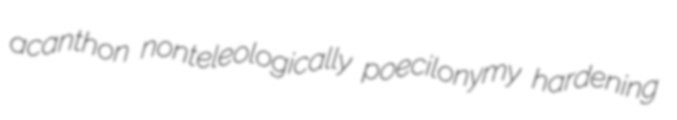
acanthon nonteleologically poecilonymy hardening